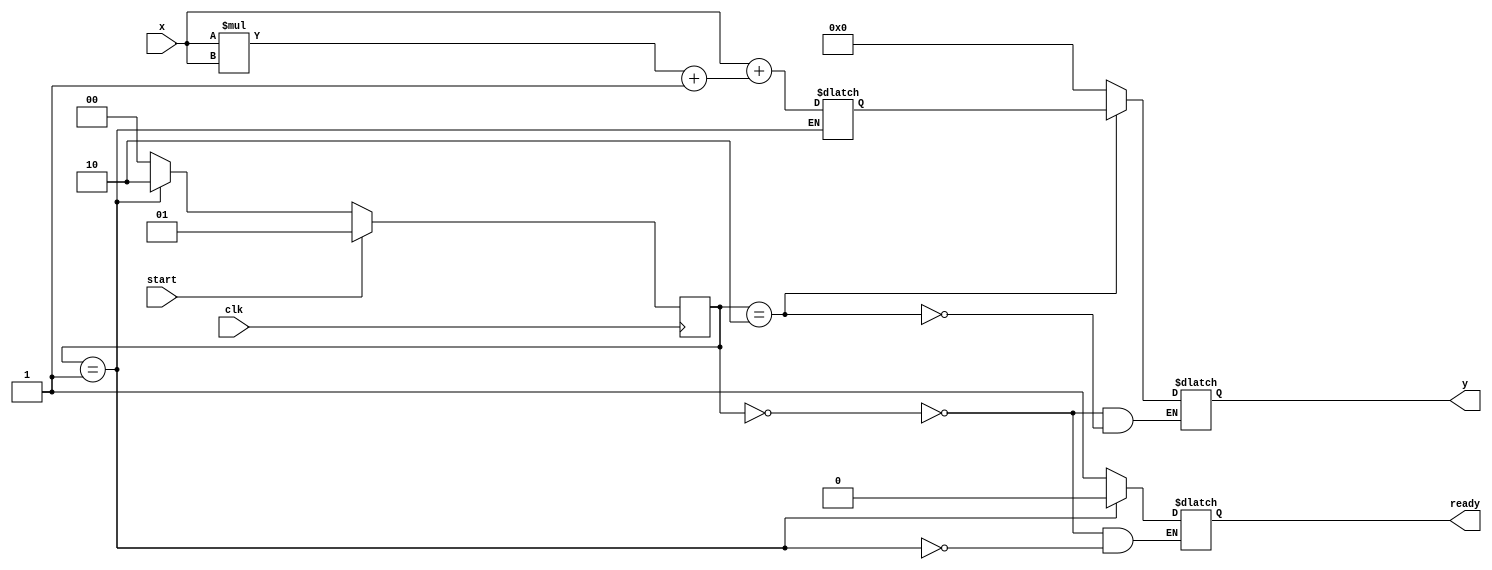
module asinh_block #(
    parameter WIDTH = 32 // Width of input and output
)(
    input  wire signed [WIDTH-1:0] x, // Input value
    output reg signed [WIDTH-1:0] y,   // Output value
    input  wire clk,                   // Clock signal
    input  wire start,                 // Start signal for computation
    output reg ready                   // Ready signal when computation is done
);

// Internal signals
reg signed [WIDTH-1:0] x_squared;
reg signed [WIDTH-1:0] sqrt_term; // sqrt(x^2 + 1)
reg signed [WIDTH-1:0] addition_result; // x + sqrt_term
reg signed [WIDTH-1:0] ln_result; // ln(addition_result)

// State machine states
localparam IDLE = 2'b00, COMPUTE = 2'b01, DONE = 2'b10;
reg [1:0] state, next_state;

// Square Calculation
always @(posedge clk) begin
    if (start) begin
        state <= COMPUTE;
    end else begin
        state <= next_state;
    end
end

always @(*) begin
    case (state)
        IDLE: begin
            ready = 1;
            y = 0;
            next_state = start ? COMPUTE : IDLE;
        end
        COMPUTE: begin
            ready = 0;
            x_squared = x * x; // Calculate x^2
            sqrt_term = sqrt(x_squared + 32'h1); // Calculate sqrt(x^2 + 1)
            addition_result = x + sqrt_term; // Calculate x + sqrt(x^2 + 1)
            ln_result = ln(addition_result); // Calculate ln(addition_result)
            next_state = DONE;
        end
        DONE: begin
            y = ln_result; // Output the result
            next_state = IDLE; // Go back to IDLE
        end
        default: next_state = IDLE;
    endcase
end

// Placeholder for square root function
function signed [WIDTH-1:0] sqrt;
    input signed [WIDTH-1:0] value;
    // Implement square root logic here or instantiate an IP core
    // For example, using an iterative method or a predefined module
    sqrt = value; // Replace with actual implementation
endfunction

// Placeholder for natural logarithm function
function signed [WIDTH-1:0] ln;
    input signed [WIDTH-1:0] value;
    // Implement logarithm logic here or instantiate an IP core
    // For example, using a CORDIC algorithm or a predefined module
    ln = value; // Replace with actual implementation
endfunction

endmodule